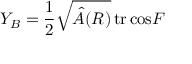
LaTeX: Y _ { B } = { \frac { 1 } { 2 } } \sqrt { \hat { A } ( R ) } \, \mathrm { t r } \, \mathrm { c o s } F